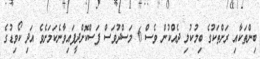
ބިންތަކާއި ރަށްތަކުގެ ބިމުކުލި ދެއްކުން ވެސް 6 މަސްދުވަސް ފަސްކޮށްދީފައިވާނެކަމަށެވެ އަދި ކޯވިޑުގެ